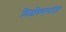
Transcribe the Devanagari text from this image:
मिळविण्यासाठीही